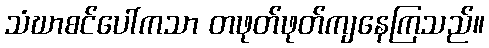
သံဃာစင်ပေါ်ကသာ တဖုတ်ဖုတ်ကျနေကြသည်။